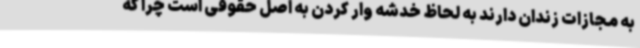
به مجازات زندان دارند به لحاظ خدشه وار کردن به اصل حقوقی است چرا که